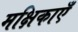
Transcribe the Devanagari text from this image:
मक्षिकाएँ